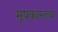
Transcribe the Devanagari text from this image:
मूषकास्तथा